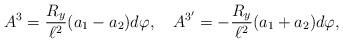
LaTeX: \begin{align*}A^3 = {R_y \over \ell^2} (a_1-a_2) d\varphi, \quad A^{3'} = - {R_y \over \ell^2} (a_1+a_2) d\varphi,\end{align*}